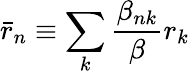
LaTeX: \bar{r}_{n}\equiv\sum_{k}\frac{\beta_{nk}}{\beta}r_{k}